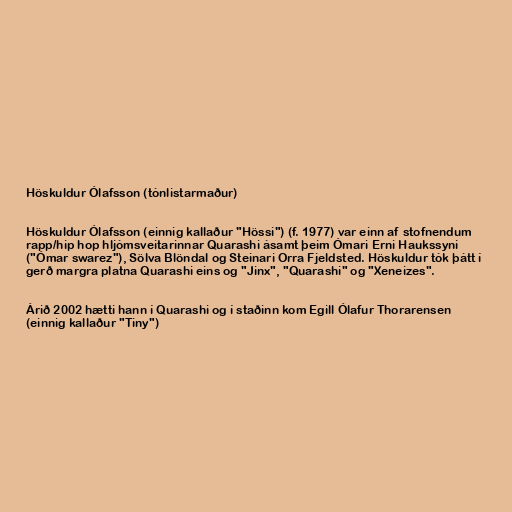
Höskuldur Ólafsson (tónlistarmaður)

Höskuldur Ólafsson (einnig kallaður "Hössi") (f. 1977) var einn af stofnendum
rapp/hip hop hljómsveitarinnar Quarashi ásamt þeim Ómari Erni Haukssyni
("Ómar swarez"), Sölva Blöndal og Steinari Orra Fjeldsted. Höskuldur tók þátt í
gerð margra platna Quarashi eins og "Jinx", "Quarashi" og "Xeneizes".

Árið 2002 hætti hann í Quarashi og í staðinn kom Egill Ólafur Thorarensen
(einnig kallaður "Tiny")